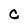
Character: C